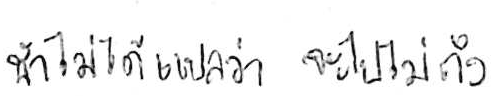
ช้า ไม่ได้แปลว่า จะไปไม่ถึง